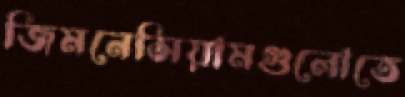
জিমনেসিয়ামগুলোতে